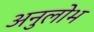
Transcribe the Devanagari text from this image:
अनुलोभ